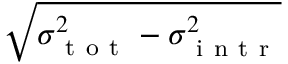
\sqrt { \sigma _ { \mathrm { ~ t ~ o ~ t ~ } } ^ { 2 } - \sigma _ { \mathrm { ~ i ~ n ~ t ~ r ~ } } ^ { 2 } }